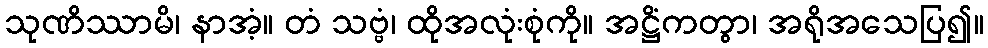
သုဏိဿာမိ၊ နာအံ့။ တံ သဗ္ဗံ၊ ထိုအလုံးစုံကို။ အဋ္ဌိံကတွာ၊ အရိုအသေပြ၍။